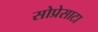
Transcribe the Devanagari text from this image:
सोप्रेसाटा